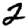
Digit: 2